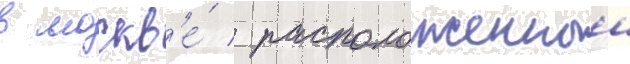
в москв'е́ / расположенныи